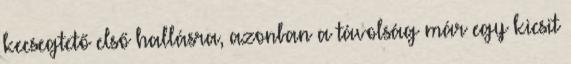
kecsegtető első hallásra, azonban a távolság már egy kicsit